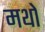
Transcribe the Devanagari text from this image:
मथो